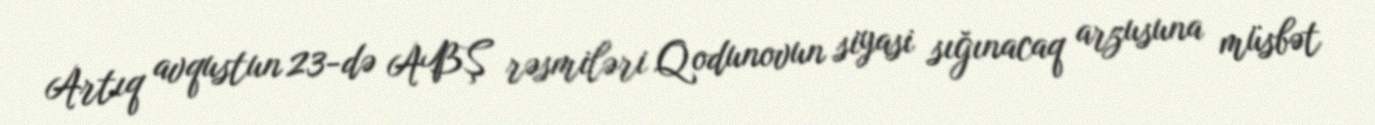
Artıq avqustun 23-də ABŞ rəsmiləri Qodunovun siyasi sığınacaq arzusuna müsbət